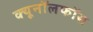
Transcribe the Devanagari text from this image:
क्यूनॉलफॉस